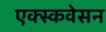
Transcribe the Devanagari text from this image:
एक्स्कवेसन